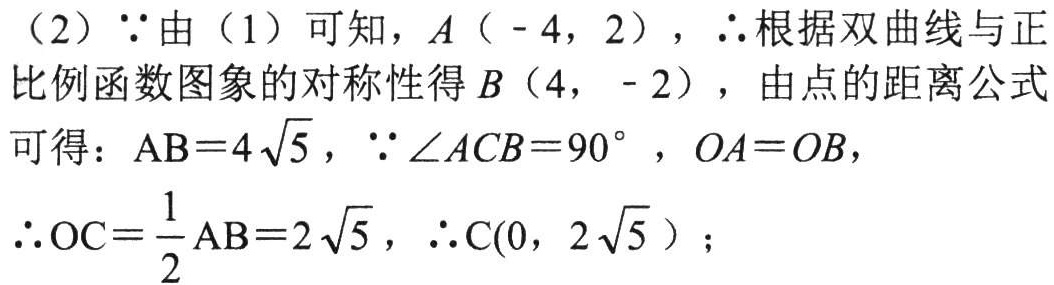
（2）$\because$由（1）可知，$A（-4，2）$，$\therefore$根据双曲线与正比例函数图象的对称性得$B（4，-2）$，由点的距离公式可得：$\mathrm{AB}=4\sqrt{5}$，$\because\angle ACB = 90^{\circ}$，$OA = OB$，

$\therefore\mathrm{OC}=\dfrac{1}{2}\mathrm{AB}=2\sqrt{5}$，$\therefore\mathrm{C}(0，2\sqrt{5})$；